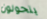
يتحولون